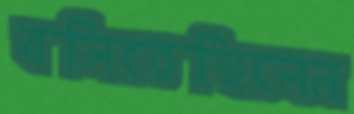
বলিতেছিলেন